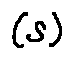
( s )